Account of plague administration in the Bombay Presidency from September 1896 till May 1897
Year: 1896
Disease focus: Plague
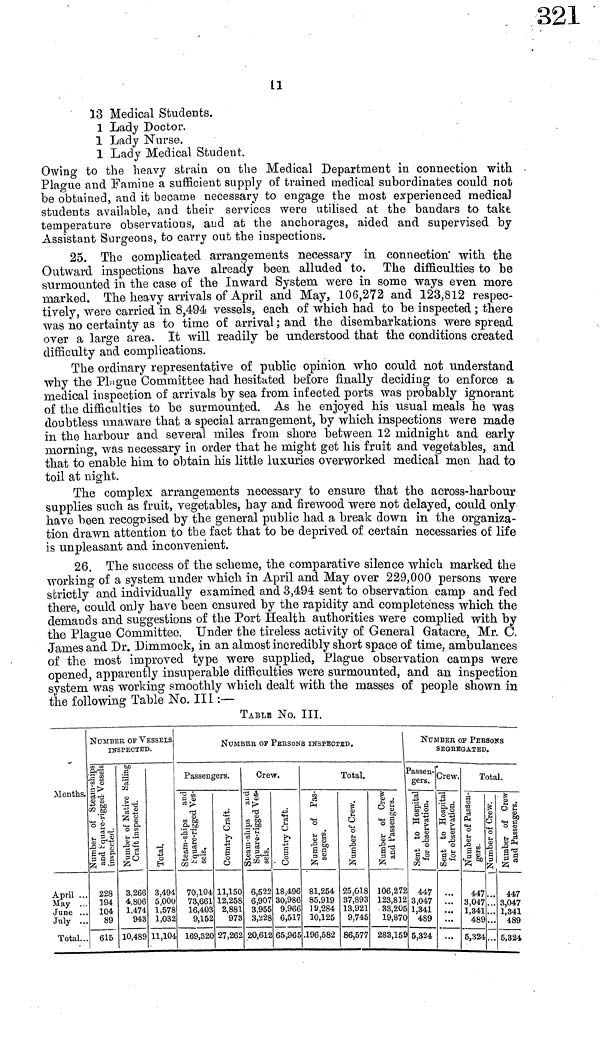
11
13 Medical Students.
1 Lady Doctor.
1 Lady Nurse.
1 Lady Medical Student.
Owing to the heavy strain on the Medical Department in connection with
Plague and Famine a sufficient supply of trained medical subordinates could not
be obtained, and it became necessary to engage the most experienced medical
students available, and their services were utilised at the bandars to take
temperature observations, and at the anchorages, aided and supervised by
Assistant Surgeons, to carry out the inspections.
25. The complicated arrangements necessary in connection with the
Outward inspections have already been alluded to. The difficulties to be
surmounted in the case of the Inward System were in some ways even more
marked. The heavy arrivals of April and May, 106,272 and 123,812 respec-
tively, were carried in 8,494 vessels, each of which had to be inspected ; there
was no certainty as to time of arrival ; and the disembarkations were spread
over a large area. It will readily be understood that the conditions created
difficulty and complications.
The ordinary representative of public opinion who could not understand
why the Plague Committee had hesitated before finally deciding to enforce a
medical inspection of arrivals by sea from infected ports was probably ignorant
of the difficulties to be surmounted. As he enjoyed his usual meals he was
doubtless unaware that a special arrangement, by which inspections were made
in the harbour and several miles from shore between 12 midnight and early
morning, was necessary in order that he might get his fruit and vegetables, and
that to enable him to obtain his little luxuries overworked medical men had to
toil at night.
The complex arrangements necessary to ensure that the across-harbour
supplies such as fruit, vegetables, hay and firewood were not delayed, could only
have been recognised by the general public had a break down in the organiza-
tion drawn attention to the fact that to be deprived of certain necessaries of life
is unpleasant and inconvenient.
26. The success of the scheme, the comparative silence which marked the
working of a system under which in April and May over 229,000 persons were
strictly and individually examined and 3,494 sent to observation camp and fed
there, could only have been ensured by the rapidity and completeness which the
demands and suggestions of the Port Health authorities were complied with by
the Plague Committee. Under the tireless activity of General Gatacre, Mr. C.
James and Dr. Dimmock, in an almost incredibly short space of time, ambulances
of the most improved type were supplied, Plague observation camps were
opened, apparently insuperable difficulties were surmounted, and an inspection
system was working smoothly which dealt with the masses of people shown in
the following Table No. Ill :—
TABLE No. III.
Months.
April ...
May ..
June ..
July ..
Total..
NUMBER OF VESSELS
INSPECTED.
228
194
104
89
615
3,266
4,806
1,474
9*3
10,489
3,494
5,000
1,578
1,032
11,104
NUMBER or PERSONS INSPECTED.
Passengers.
70,104
73,661
16,403
9,152
169,320
11,150
12,258
2,881
27,262
Grew.
6,522
6,907
3,955
,"8
20,612
18,496
30,986
9,966
65,965
Total.
81,254
85,919
1 9,284
196,582
25,018
37,893
13,921
y,745
86,577
106,27
123,812
33,20
19,87C
283,15
NUMBER οι· PBBSONS
SEGREGATED.
Passen-
gers.
447
3,047
1,341
489
5,324
Crew.
...
...
...
...
Total.
447
3,047
1,341
489
5,324
·.·
...
...
447
3,047
1,341
489
5,324